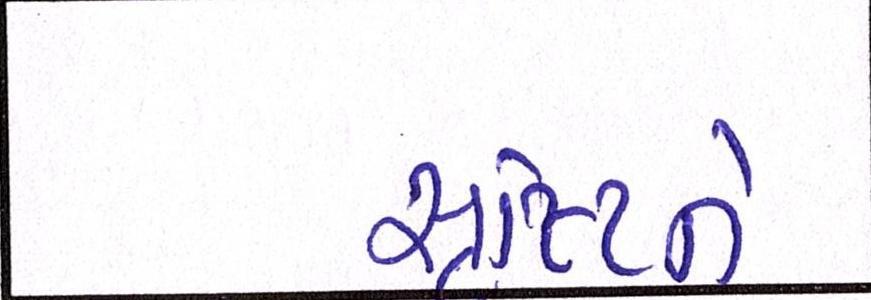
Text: સૃષ્ટિને